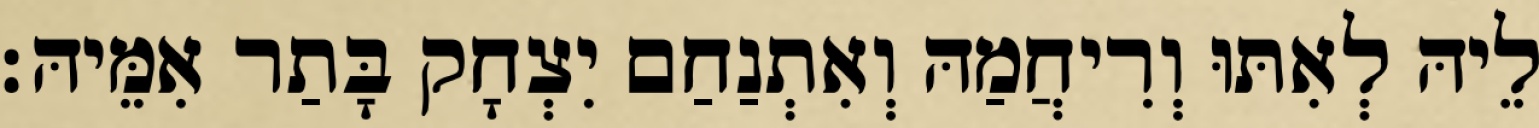
לֵיהּ לְאִתּוּ וְרִיחֲמַהּ וְאִתְנַחַם יִצְחָק בָּתַר אִמֵּיהּ׃